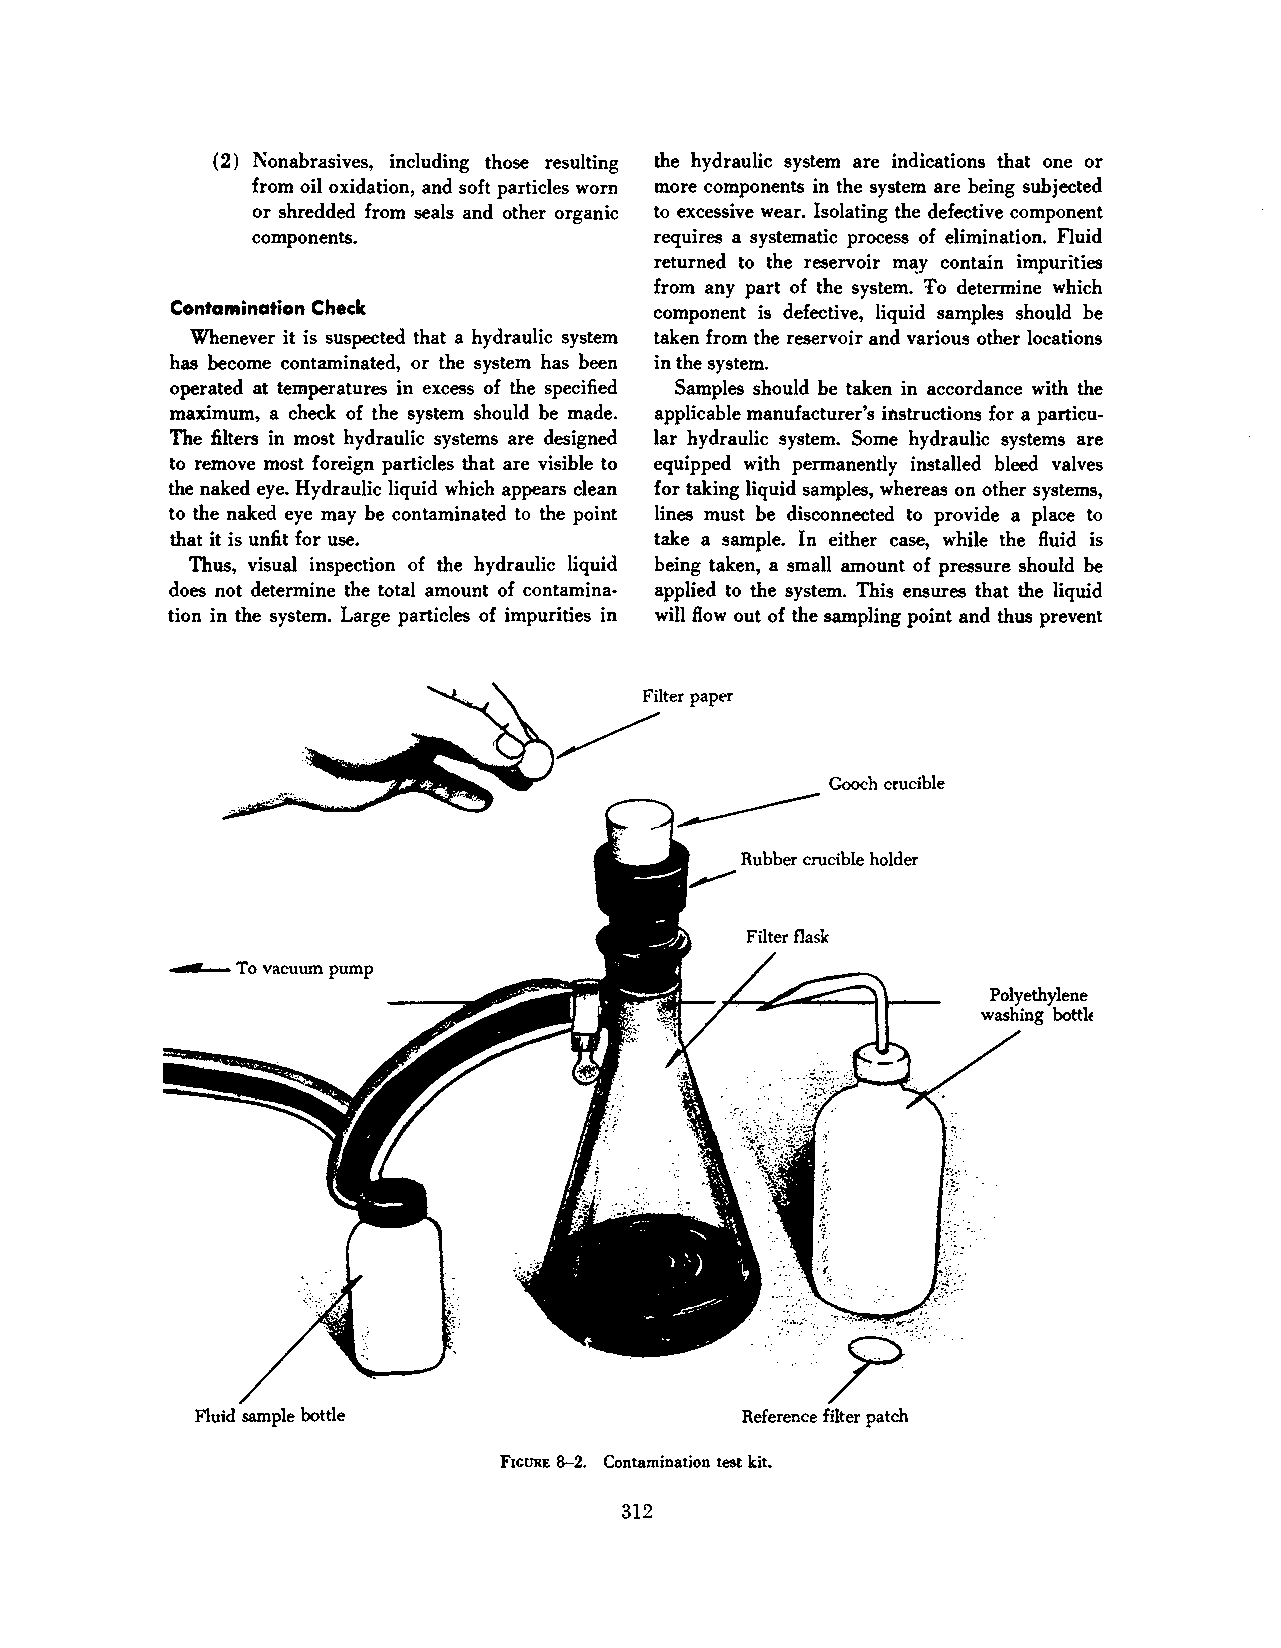
(2) Nonabrasives, including those resulting the hydraulic system are indications that one or
 from oil oxidation, and soft particles worn more components in the system are being subjected
 or shredded from seals and other organic to excessive wear. Isolating the defective component
 components.               requires a systematic process of elimination. Fluid
 returned to the reservoir m~y contain impurities
 from any part of the system. l'o determine which
 ContaMination Check             component is defective, liquid samples should be
 Whenever it is suspected that a hydraulic system taken from the reservoir and various other locations
 has become contaminated, or the system has been in the system.
 operated at temperatures in excess of the specified Samples should be taken in accordance with the
 maximum, a check of the system should be made. applicable manufacturer's instructions for a particu
 The filters in most hydraulic systems are designed lar hydraulic system. Some hydraulic systems are
 to remove most foreign particles that are visible to equipped with permanently installed bleed valves
 the naked eye. Hydraulic liquid which appears clean for taking liquid samples, whereas on other systems,
 to the naked eye may be contaminated to the point lines must be disconnected to provide a place to
 that it is unfit for use.       take a sample. In either case, while the fluid is
 Thus, visual inspection of the hydraulic liquid being taken, a small amount of pressure should be
 does not determine the total amount of contamina applied to the system. This ensures that the liquid
 tion in the system. Large particles of impurities in will flow out of the sampling point and thus prevent
 Gooch crucible
 ~
 Rubber crucible holder
 ......._To vacuum pump
 ·o··,,/·.. ·. ..
 /
 .. ·
 Fluid sample bottle                 Reference filter patch
 FIGURE 8-2. Contamination test kit.
 312